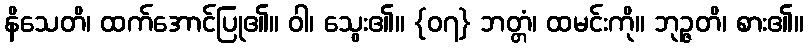
နိသေတိ၊ ထက်အောင်ပြု၏။ ဝါ၊ သွေး၏။ {၀၇} ဘတ္တံ၊ ထမင်းကို။ ဘုဉ္ဇတိ၊ စား၏။